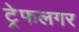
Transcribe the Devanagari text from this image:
ट्रेफलगर